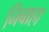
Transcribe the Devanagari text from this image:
निबाहा